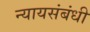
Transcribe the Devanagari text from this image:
न्यायसंबंधी